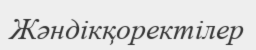
Жәндікқоректілер